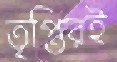
তৃপ্তিরই